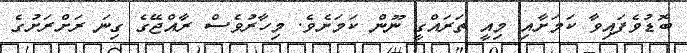
ބޮޑުވެފައިވާ ކަމަށާއި މިއީ ތަރައްގީ ނޫން ކަމަށެވެ. މިހާރުވެސް ރާއްޖޭގެ ގިނަ ރަށްރަށުގެ